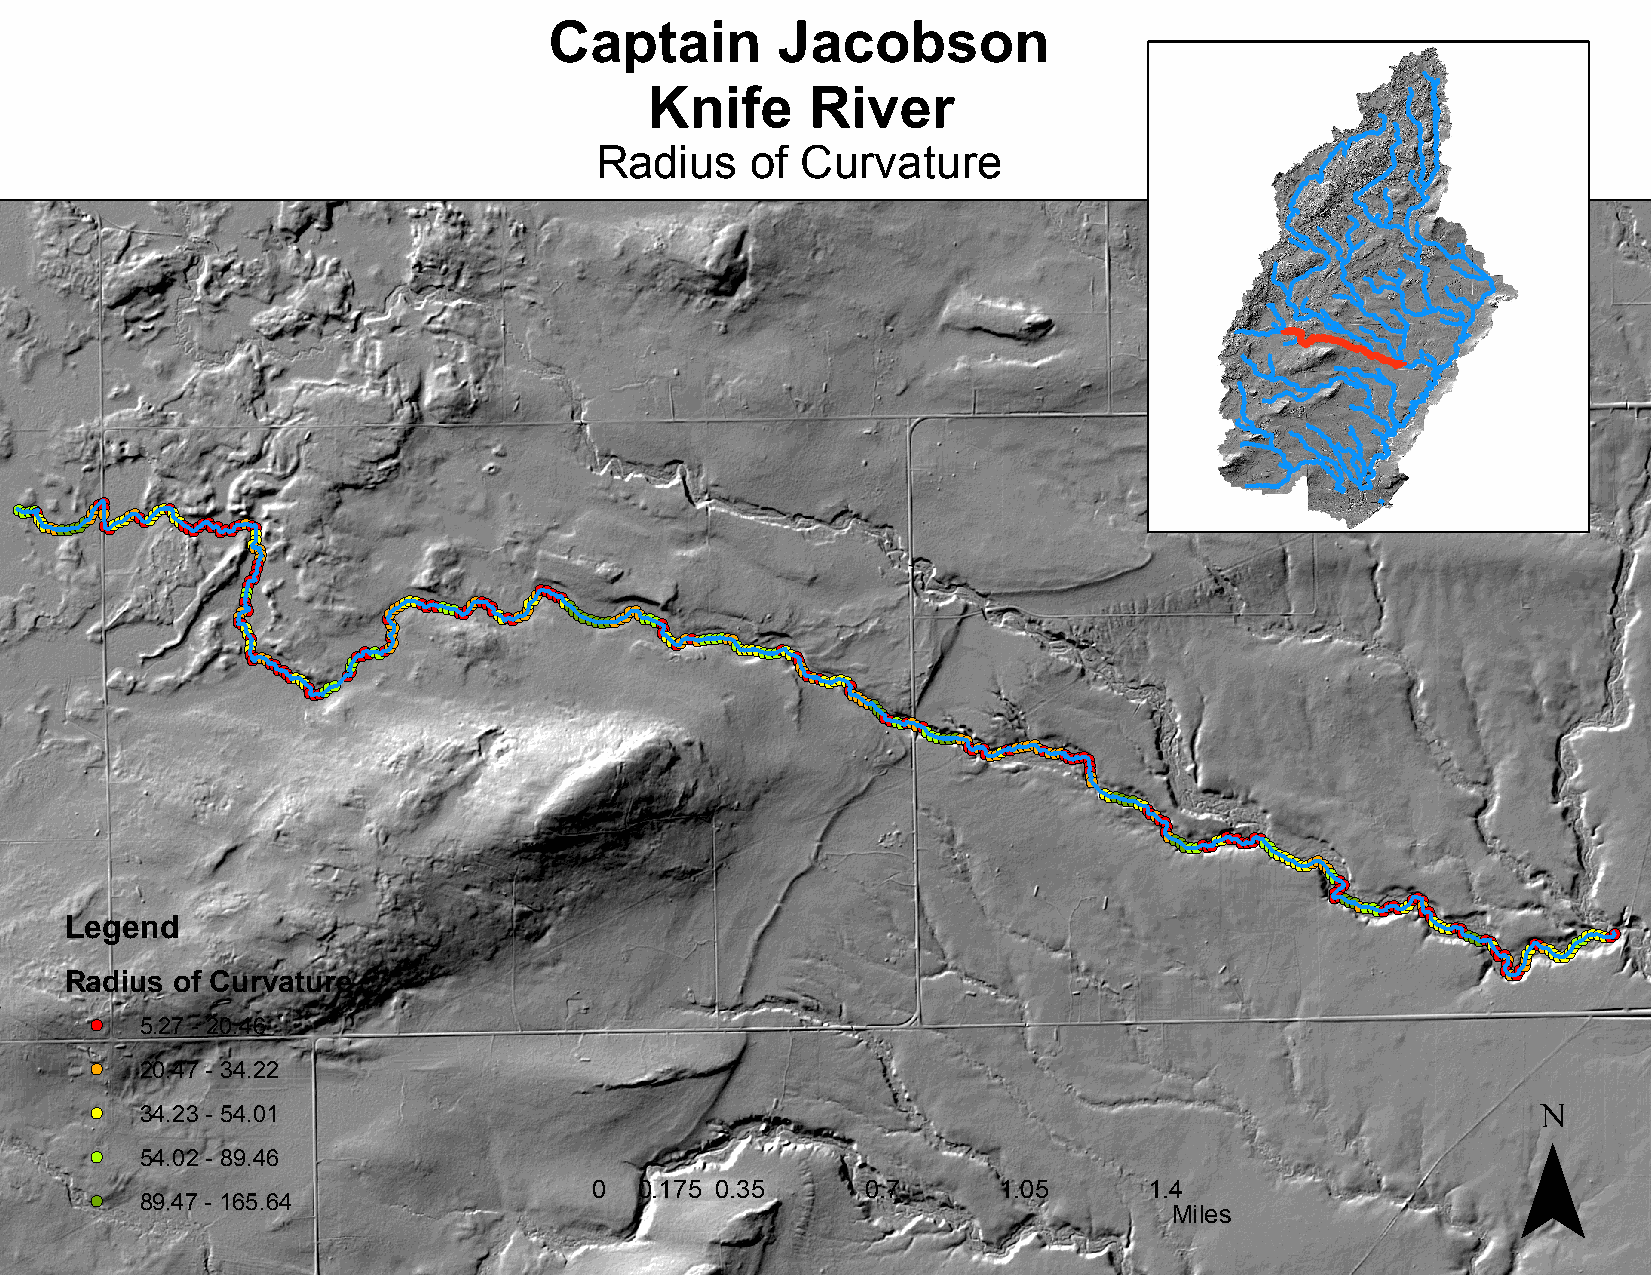
Captain        Jacobson
 Knife      River
 Radius     of Curvature
 !(!(!(!(!(!(!(!(!(!(!(!(!(!(!(!(!(!(!(!(!( !(
 !(!(!(
 !(!(!(!(!(!(!(!(!(!(!(!(!(!(!(!(!(!(!(!(!(!(!(!(!(!(
 !(!(!(
 !( !(!(
 !(!(!(
 !(
 !(
 !(!( !(!(
 !(!(!(!(!(
 !( !(!(!(
 !(!(!(!(
 !(!(!(!( !(!(
 !(!(!(!(!(!(!(!(!(!(!(!(!(!(!(!(!(!(!(!(!(!(!(!(!(!(!(!(!(!(!(
 !(!(!( !(
 !(!(!(!(!(!(!(!(!(!(!(!(!(!(!(!(!(!(!(!(!(!(!(!(!(!(!(!(!(!(!(!(!(!(!(!(!(!(!(!(!(!(!(!(!(!(!(!(!(!(!(!(!(!(!(!(!(
 !(!( !(!(!(!(!(!(!(!(!(!(!(!(!(!(!(!(!(!(!(!(!(!(!(!(!(!(!(!(!(!(!(!(!(!(!(!(
 !(!(
 !(!(!(!(!(!(!(!(!(!(!(!(!(!(!(!(!(!(!(!(!(!(!(!(!(!(!(!(!(!(!(!(!(!(!(!(!(!(!(!(!(!(!(!(!(!(!(!(
 !(!(
 !(!(
 Legend
 !(!(!(!(!(!(!(!(!(!(!(!(!(
 !(!(
 !(!(!(!(!(!(!(!(!(!(!(!(!(!(!(!(!(!(!(!(!(!(!(!(!(!(!(!(!(!(!(!(!(!(
 !(!(!(
 !(!(!(
 !(!(!(!(!(!(!(!(!(!(!(!(!(!(!(!(!(!(!(!(!(!(!(!(!(!(!(!(!(!(!(!(!(!(!(!(
 !(!(!(
 !(!(!(!(!(!(!(!(!(!(!(!(!(!(!(!(!(!(!(!(!(!(!(!(
 Radius of Curvature
 !( 5.27 - 20.46
 !( 20.47 - 34.22                                                                               ¯
 !( 34.23 - 54.01
 !( 54.02 - 89.46
 0  0.175 0.35     0.7      1.05      1.4
 !( 89.47 - 165.64
 Mile s